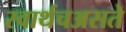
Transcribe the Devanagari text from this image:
स्वार्थचअसते